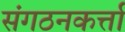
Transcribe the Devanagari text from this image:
संगठनकर्त्ता